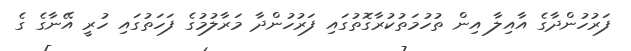
ފަރުހުންދާގެ އާއިލާ އިން ތުހުމަތުކުރާގޮތުގައި ފަރުހުންދާ މަރާލުމުގެ ފަހަތުގައި ހުރީ އޭނާގެ ގެ